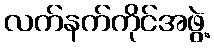
လက်နက်ကိုင်အဖွဲ့